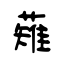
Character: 薙